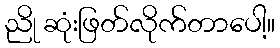
ညို ဆုံးဖြတ်လိုက်တာပေါ့။